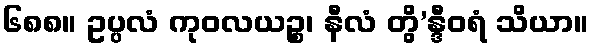
၆၈၈။ ဥပ္ပလံ ကုဝလယဉ္စ၊ နီလံ တွိ’န္ဒီဝရံ သိယာ။